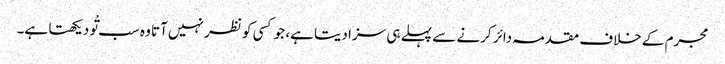
مجرم کے خلاف مقدمہ دائر کرنے سے پہلے ہی سزا دیتا ہے، جو کسی کو نظر نہیں آتا وہ سب تْو دیکھتا ہے۔